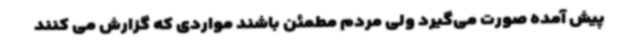
پیش آمده صورت می‌گیرد ولی مردم مطمئن باشند مواردی که گزارش می کنند